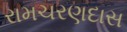
રામચરણદાસ